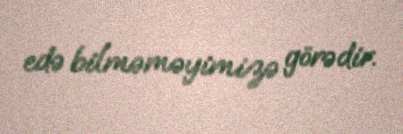
edə bilməməyimizə görədir.